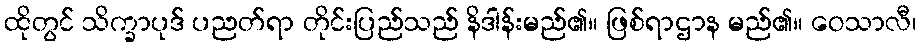
ထိုတွင် သိက္ခာပုဒ် ပညတ်ရာ တိုင်းပြည်သည် နိဒါန်းမည်၏။ ဖြစ်ရာဌာန မည်၏။ ဝေသာလီ၊